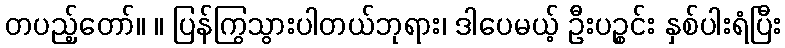
တပည့်တော်။ ။ ပြန်ကြွသွားပါတယ်ဘုရား၊ ဒါပေမယ့် ဦးပဉ္စင်း နှစ်ပါးရံပြီး